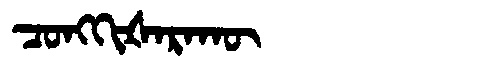
Manchu: ᠴᠣᠩᡴᡳᡧᠠᡵᠠᡴᡡ
Romanization: CONGKIŠARAKŪ